Report on vaccination in Madras 1877-1894 - 1877-1894
Year: 1877
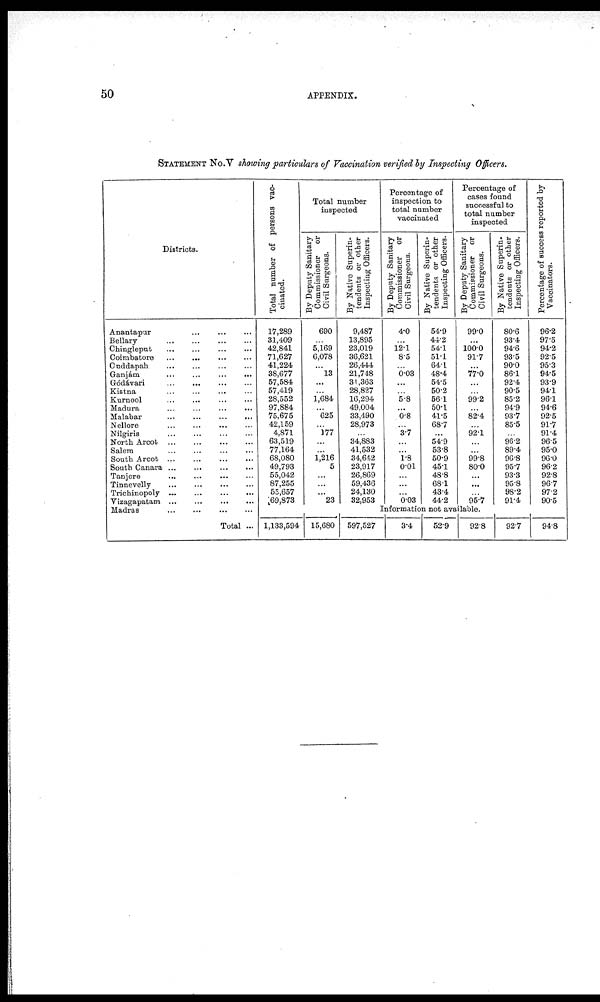
50
APPENDIX.
STATEMENT No.V showing particulars of Vaccination verified by Inspecting Officers.
Districts.
Anantapur...
...
...
Bellary...
...
...
...
Chingleput...
...
...
...
Coimbatore...
...
...
...
Cuddapah...
...
...
...
Ganjám...
...
...
Gódávari...
...
...
Kistna...
...
...
Kurnool...
...
...
Madura...
...
...
...
Malabar... ... ...
Nellore... ... ...
Nilgiris...
...
...
...
North
Arcot...
...
...
...
Salem... ... ...
South
Arcot...
...
...
...
South Canara
...
...
...
...
Tanjore
...
...
...
...
Tinnevelly...
...
...
...
Trichinopoly...
...
...
...
Vizagapatam...
...
...
...
Madras...
...
...
...
Total ...
Total number of persons vac-
cinated.
17,289
31,409
42,841
71,627
41,224
38,677
57,584
57,419
28,552
97,884
75,675
42,159
4,871
63,519
77,164
68,080
49,793
55,042
87,255
55,657
69,873
Total number
inspected
By Deputy Sanitary
Commissioner or
Civil Surgeons.
690
...
5,169
6,078
...
l3
...
...
1,684
...
625
...
177
...
...
1,216
5
...
...
...
23
By Native Superin-
tendents or other
Inspecting Officers.
9,487
13,895
23,019
36,621
26,444
21,748
31,363
28,827
16,294
49,004
33,490
28,973
...
34,883
41,532
34,642
23,917
26,869
59,436
24,130
32,953
Percentage of
inspection to
total number
vaccinated
By Deputy Sanitary
Commissioner or
Civil Surgeons.
4.0
...
12.1
8.5
...
0.03
...
...
5.8
...
0.8
...
3.7
...
...
1.8
0.01
...
...
...
0.03
By Native Superin-
tendents or other
Inspecting Officers.
54.9
44.2
54.1
51.1
64.1
48.4
54.5
50.2
56.1
50.1
41.5
68.7
...
54.9
53.8
50.9
45.1
48.8
68.1
43.4
44.2
Percentage of
cases found
successful to
total number
inspected
By Deputy Sanitary
Commissioner or
Civil Surgeons.
99.0
...
100.0
91.7
...
77.0
...
...
99.2
...
82.4
...
92.1
...
...
99.8
80.0
...
...
...
95.7
By Native Superin-
tendents or other
Inspecting Officers.
80.6
93.4
94.6
93.5
90.0
86.1
92.4
90.5
85.2
94.9
93.7
85.5
...
96.2
89.4
96.8
95.7
93.3
95.8
98.2
91.4
Percentage of success reported by
Vaccinators.
96.2
97.5
94.2
92.5
95.3
94.5
93.9
94.1
96.1
94.6
92.5
91.7
91.4
96.5
95.0
96.0
96.2
92.8
96.7
97.2
90.5
Information not available.
1,133,594 15,680 597,527
3.4
52.9
92.8
92.7
94.8